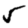
Digit: 5